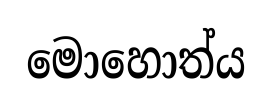
මොහොත්ය